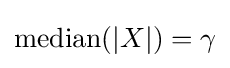
\operatorname {median} (|X|)=\gamma